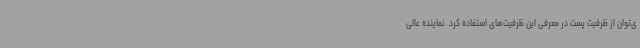
ی‌توان از ظرفیت پست در معرفی این ظرفیت‌های استفاده کرد. نماینده عالی